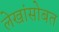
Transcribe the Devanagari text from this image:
लेखांसोबत